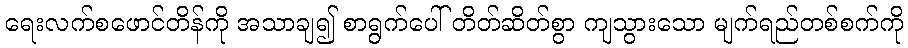
ရေးလက်စဖောင်တိန်ကို အသာချ၍ စာရွက်ပေါ် တိတ်ဆိတ်စွာ ကျသွားသော မျက်ရည်တစ်စက်ကို